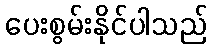
ပေးစွမ်းနိုင်ပါသည်